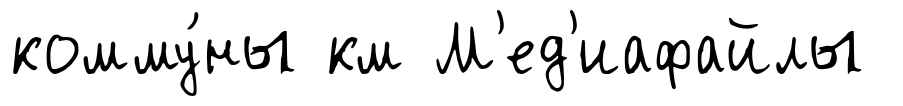
комму́ны км М'ед'иафайлы